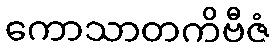
ကောသာတကိဗီဇံ